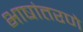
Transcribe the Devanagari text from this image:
भाषांतरणे